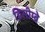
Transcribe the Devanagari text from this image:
डिसीम्ब्रे